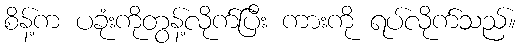
စိန့်က ပခုံးကိုတွန့်လိုက်ပြီး ကားကို ရပ်လိုက်သည်။